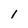
Character: 1